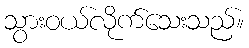
သွားဝယ်လိုက်သေးသည်။